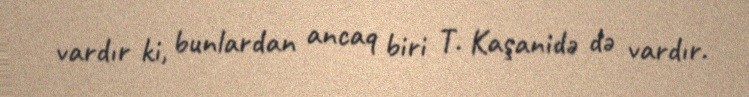
vardır ki, bunlardan ancaq biri T. Kaşanidə də vardır.